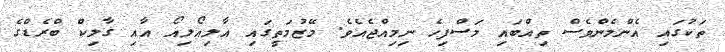
ތަކުގައި އެންމެންވެސް ތިއްބައި މަސްފިހެ ނިމިއްޖެއެވެ. މޭޒުމަތީގައި އާލިއޯލިއޯ އާއި ގާލިކް ބްރެޑްގެ